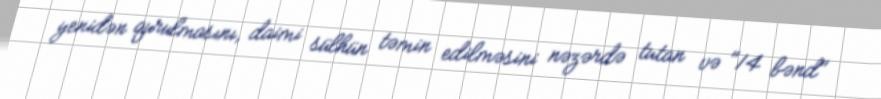
yenidən qurulmasını, daimi sülhün təmin edilməsini nəzərdə tutan və "14 bənd"